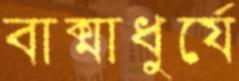
বাক্মাধুর্যে